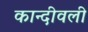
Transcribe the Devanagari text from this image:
कान्दीवली